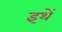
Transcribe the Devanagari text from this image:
इथें